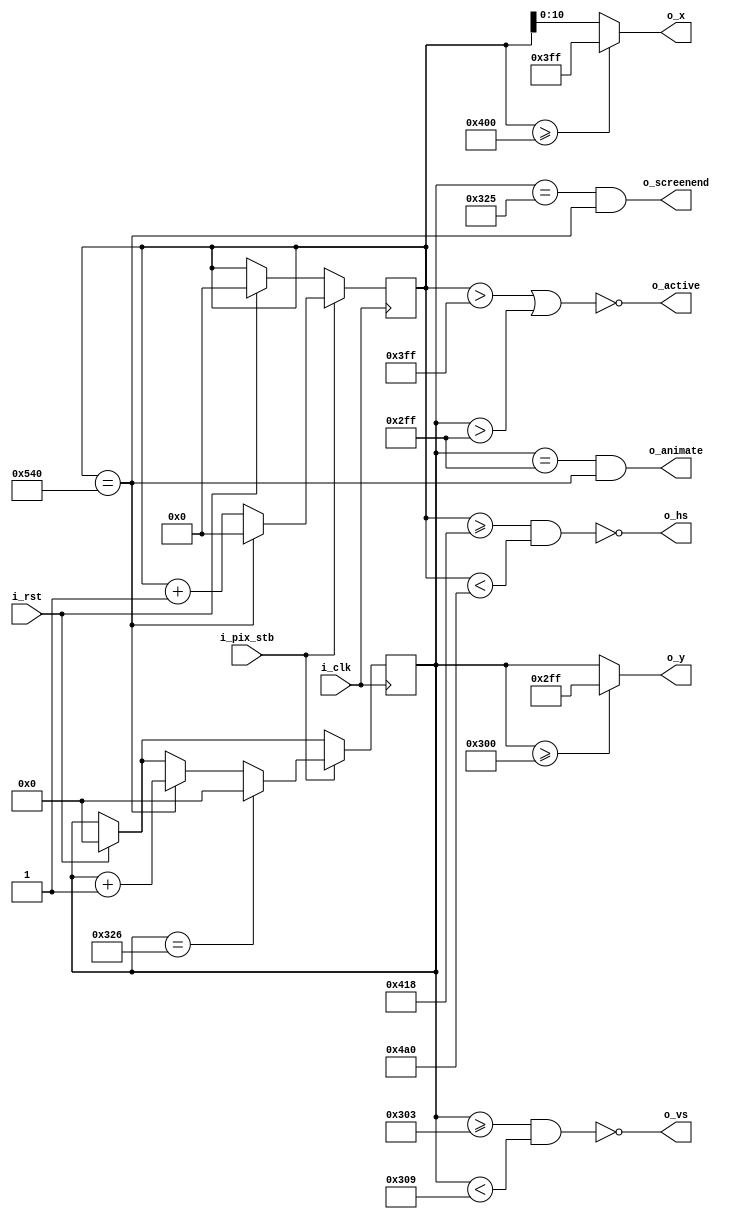
`timescale 1ns / 1ps
//////////////////////////////////////////////////////////////////////////////////
// Company: 
// Engineer: 
// 
// Design Name: 
// Module Name: vga1024x768
// Project Name: 
// Target Devices: 
// Tool Versions: 
// Description: 
// 
// Dependencies: 
// 
// Revision:
// Revision 0.01 - File Created
// Additional Comments:
// 
//////////////////////////////////////////////////////////////////////////////////


module vga1024x768(
    input i_clk,           // base clock
    input i_pix_stb,       // pixel clock strobe
    input i_rst,           // reset: restarts frame
    output o_hs,           // horizontal sync
    output o_vs,           // vertical sync
    output o_active,       // high during active pixel drawing, low during blanking interval
    output o_screenend,    // high for one tick at the end of screen
    output o_animate,      // high for one tick at end of active drawing
    output [10:0] o_x,      // current pixel x position
    output [10:0] o_y       // current pixel y position
    );

    // VGA timings https://timetoexplore.net/blog/video-timings-vga-720p-1080p
    localparam HS_STA = 1024 + 24;              // horizontal sync start
    localparam HS_END = 1024 + 24 + 136;         // horizontal sync end
    localparam HA_END = 1024;    // horizontal active pixel end
    localparam VS_STA = 768 + 3;        // vertical sync start
    localparam VS_END = 768 + 3 + 6;    // vertical sync end
    localparam VA_END = 768;             // vertical active pixel end
    localparam LINE   = 1344;             // complete line (pixels)
    localparam SCREEN = 806;             // complete screen (lines)
    
    reg [11:0] h_count;  // line position
    reg [10:0] v_count;  // screen position

    // generate sync signals (active low for 640x480)
    assign o_hs = ~((h_count >= HS_STA) & (h_count < HS_END));
    assign o_vs = ~((v_count >= VS_STA) & (v_count < VS_END));

    // keep x and y bound within the active pixels
    assign o_x = (h_count >= HA_END) ? (HA_END - 1) : (h_count);
    assign o_y = (v_count >= VA_END) ? (VA_END - 1) : (v_count);

    // active: high during active pixel drawing, low during the blanking period
    assign o_active = ~((h_count > HA_END - 1) | (v_count > VA_END - 1));

    // screenend: high for one tick at the end of the screen
    assign o_screenend = ((v_count == SCREEN - 1) & (h_count == LINE));

    // animate: high for one tick at the end of the final active pixel line
    assign o_animate = ((v_count == VA_END - 1) & (h_count == LINE));

    always @ (posedge i_clk)
    begin
        if (i_rst)  // reset to start of frame
        begin
            h_count <= 0;
            v_count <= 0;
        end
        if (i_pix_stb)  // once per pixel
        begin
            if (h_count == LINE)  // end of line
            begin
                h_count <= 0;
                v_count <= v_count + 1;
            end
            else 
                h_count <= h_count + 1;

            if (v_count == SCREEN)  // end of screen
                v_count <= 0;
        end
    end
endmodule